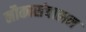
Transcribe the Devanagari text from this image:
नौकासंचालन